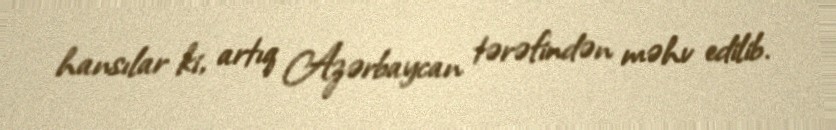
hansılar ki, artıq Azərbaycan tərəfindən məhv edilib.